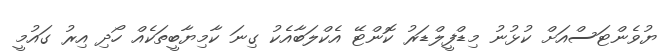
ޔުވެންޓަސްއަށް ކުޅުނު މިޑްފީލްޑަރު ކޮންޓޭ އެކްލަބާއެކު ގިނަ ކާމިޔާބީތަކެއް ހޯދި އިރު ގައުމީ